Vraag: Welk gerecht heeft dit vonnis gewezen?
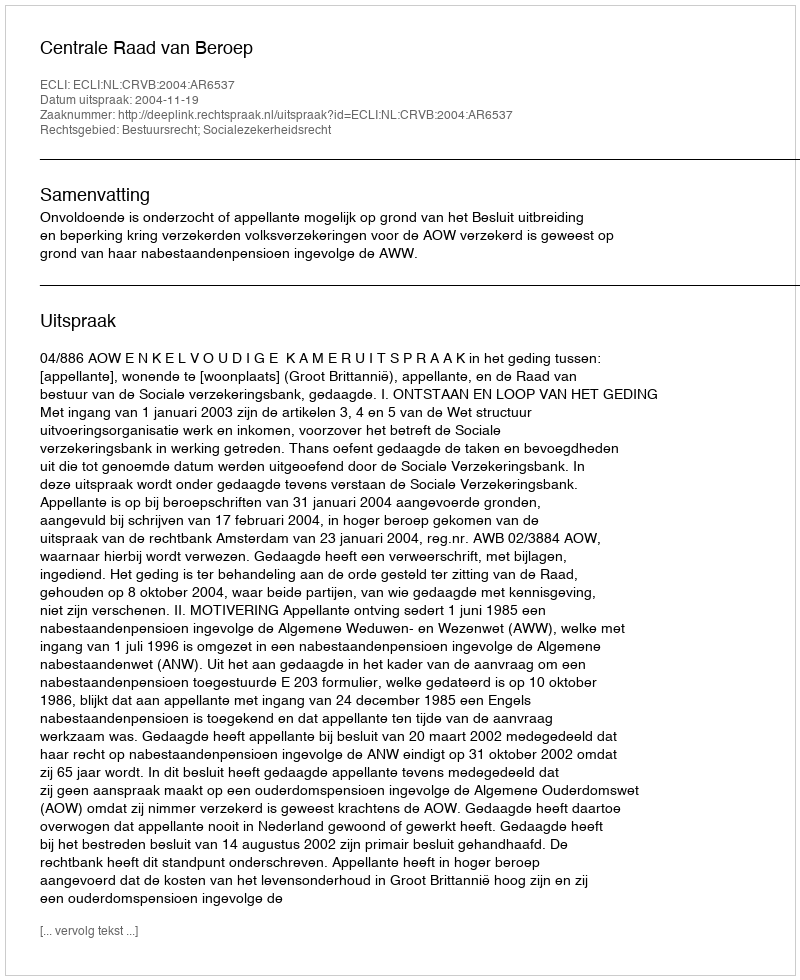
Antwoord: Centrale Raad van Beroep